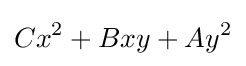
Cx^{2}+Bxy+Ay^{2}